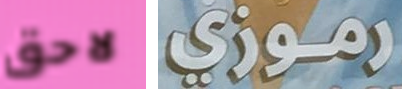
لاحق رموزي